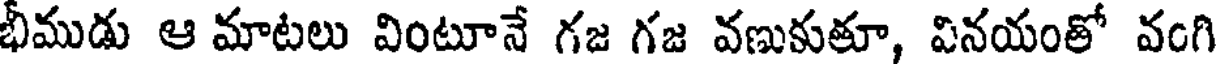
భీముడు ఆ మాటలు వింటూనే గజ గజ వణుకుతూ, వినయంతో వంగి